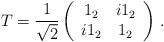
LaTeX: \begin{align*}T = \frac{1}{\sqrt{2}}\left(\begin{array}{cc}1_2 & i1_2\\i1_2& 1_2\end{array}\right)\,.\end{align*}